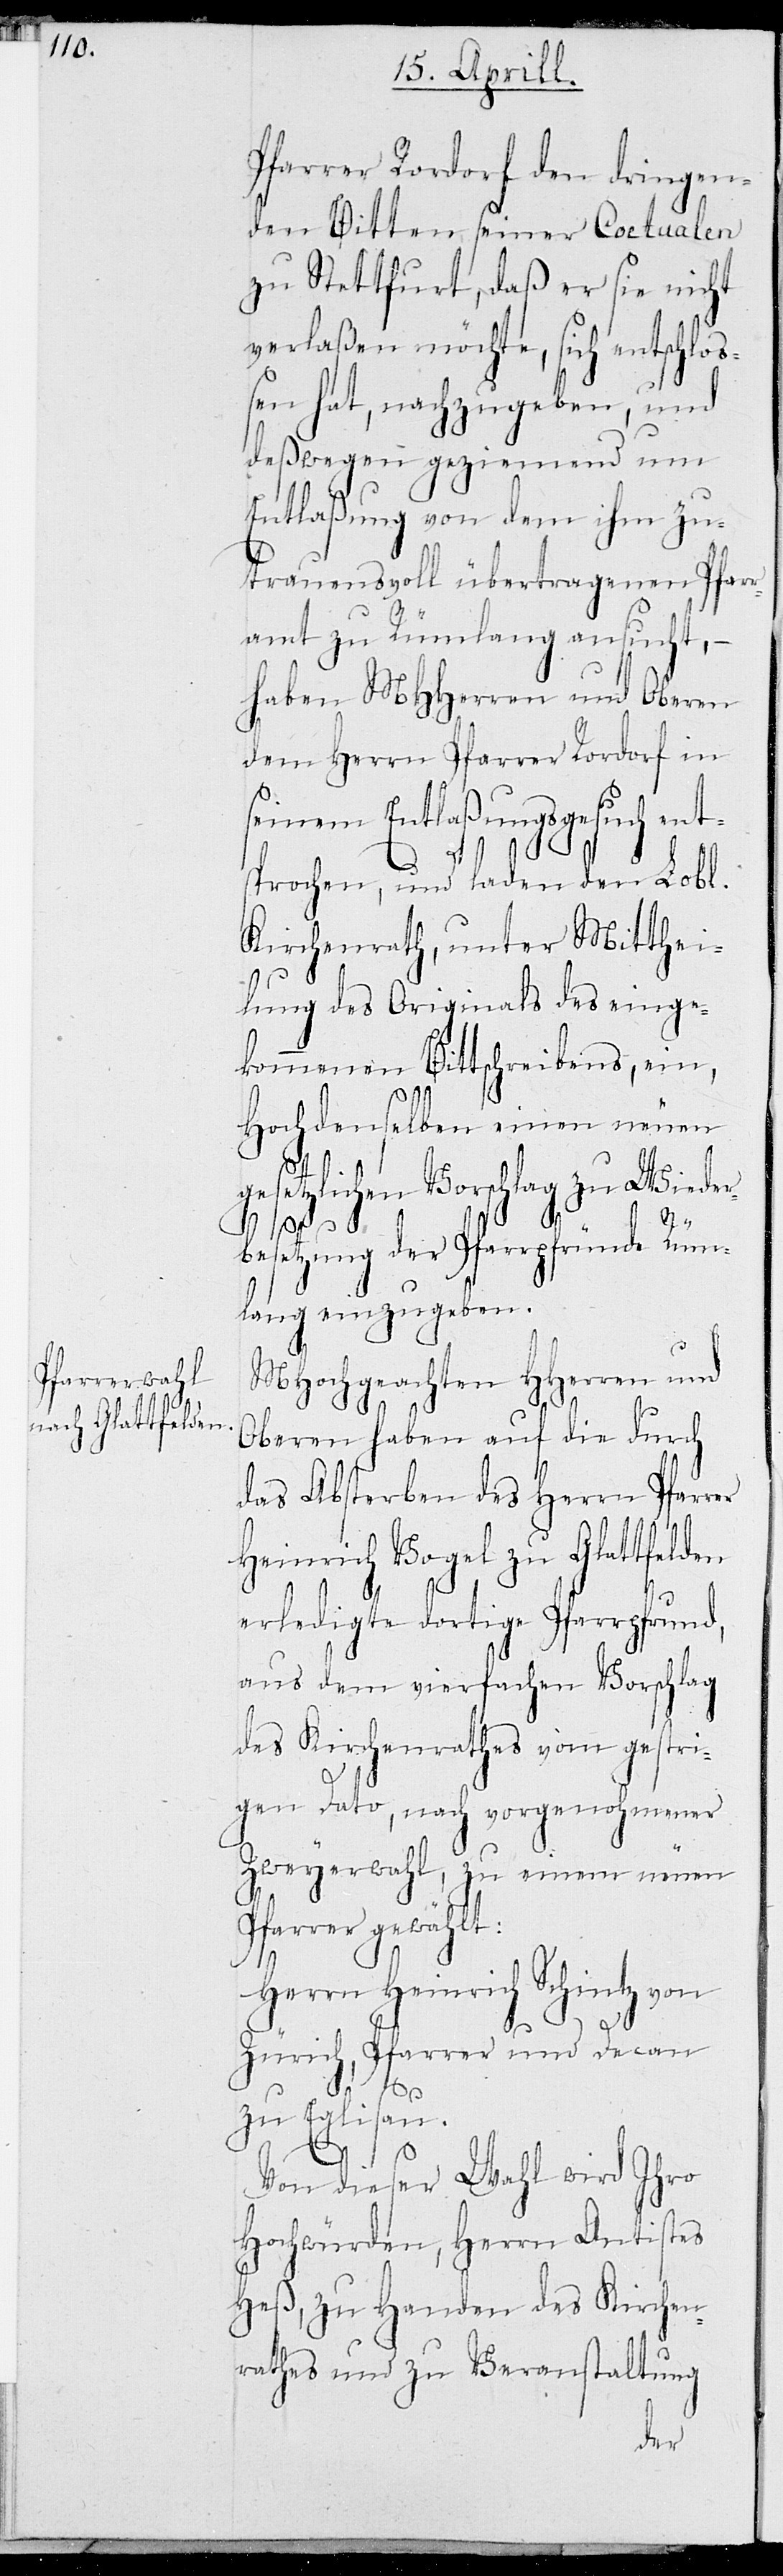
Pfarrer Rordorf den dringen¬
den Bitten seiner Coetualen
zu Stettfurt, daß er sie nicht
verlaßen möchte, sich entschloß¬
en hat, nachzugeben, und
deßwegen geziemend um
Entlaßung von dem ihm zu¬
trauensvoll übertragenen Pfar¬
ramt zu Rümlang ansucht, –
haben MHHerren und Oberen
dem Herrn Pfarrer Rordorf in
seinem Entlaßungsgesuch ent¬
sprochen, und laden den Lobl.
Kirchenrath, unter Mitthei¬
lung des Originals des einge¬
kommenen Bittschreibens, ein,
Hochdenselben einen neuen
gesetzlichen Vorschlag zu Wiede¬
r¬
besetzung der Pfarrpfründe Rüm¬
lang einzugeben.
MHochgeachten HHerren und
Oberen haben auf die durch
das Absterben des Herrn Pfarrer
Heinrich Vogel zu Glattfelden
erledigte dortige Pfarrpfrund,
aus dem vierfachen Vorschlag
des Kirchenrathes vom gestri¬
gen Dato, nach vorgenohmener
Zweyerwahl, zu seinem neuen
Pfarrer gewählt:
Herr Heinrich Schintz von
Zürich, Pfarrer und Decan
zu Eglisau.
Von dieser Wahl wird Ihro
Hochwürden, Herrn Antistes
Heß, zu Handen des Kirche¬
rathes und zu Veranstaltung